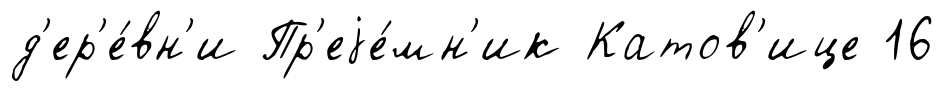
д'ер'е́вн'и Пр'еjе́мн'ик Катов'ице 16